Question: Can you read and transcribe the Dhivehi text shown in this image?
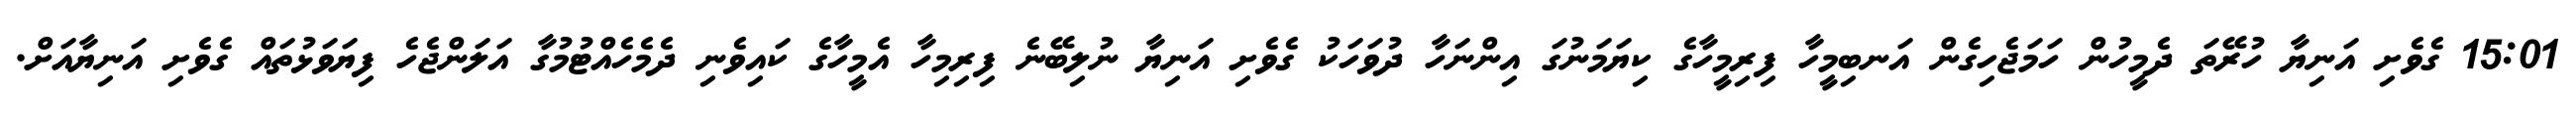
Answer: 15:01 ގެވެށި އަނިޔާ ހުރޭތަ ދެމީހުން ހަމަޖެހިގެން އަނބިމީހާ ފިރިމީހާގެ ކިޔަމަނުގަ އިންނަހާ ދުވަހަކު ގެވެށި އަނިޔާ ނުލިބޭނެ ފިރިމިހާ އެމީހާގެ ކައިވެނި ދެމެހެއްޓުމުގާ އަލަންޖެހެ ފިޔަވަޅުތައް ގެވެށި އަނިޔާއަށް.